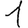
Digit: 1